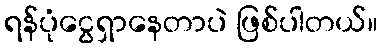
ရန်ပုံငွေရှာနေတာပဲ ဖြစ်ပါတယ်။